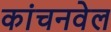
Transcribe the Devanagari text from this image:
कांचनवेल